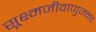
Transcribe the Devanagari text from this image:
सूक्ष्मजीवाणुजन्य